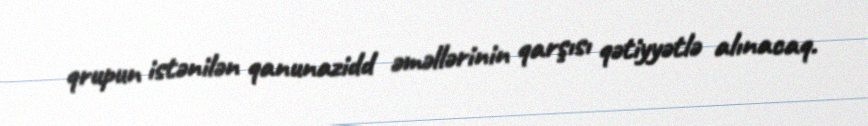
qrupun istənilən qanunazidd əməllərinin qarşısı qətiyyətlə alınacaq.